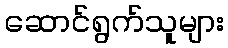
ဆောင်ရွက်သူများ